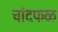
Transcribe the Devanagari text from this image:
चांदफळ